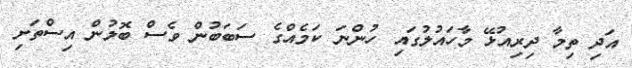
އަދި ތިމާ ދިރިއުޅޭ މާހައުލުގައި ހުންނަ ކަމެއްގެ ސަބަބުން ވެސް ބޮލުން އިސްތަށި